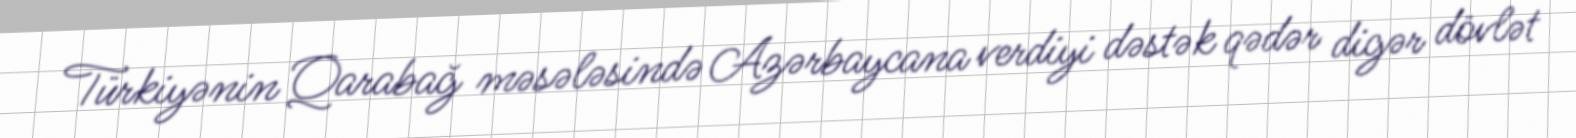
Türkiyənin Qarabağ məsələsində Azərbaycana verdiyi dəstək qədər digər dövlət